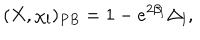
( X , \chi _ { l } ) _ { P B } = 1 - e ^ { 2 \beta _ { l } } \Delta _ { l } ,